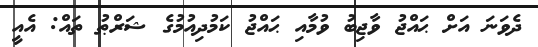
ދެވަނަ އަށް ޙައްޖު ވާޖިބު ވުމާއި ޙައްޖު ކަމުދިއުމުގެ ޝަރްޠު ތައް: އެއީ